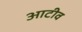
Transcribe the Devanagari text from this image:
आटीव